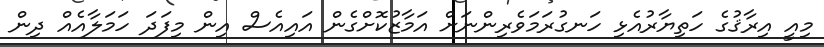
މިއީ އިރާޤުގެ ހަތިޔާރުއެޅި ހަނގުރަމަވެރިންނަށް އަމާޒުކޮށްގެން އައިއެސް އިން މިފަދަ ހަމަލާއެއް ދިން